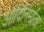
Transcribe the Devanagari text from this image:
आदिनिर्माता